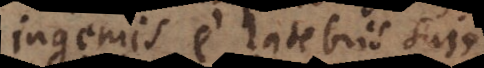
ingeniis e latebris suis